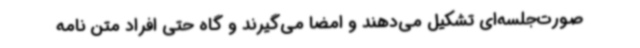
صورت‌جلسه‌ای تشکیل می‌دهند و امضا می‌گیرند و گاه حتی افراد متن نامه